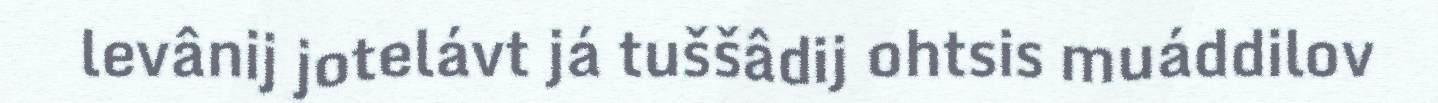
levânij jotelávt já tuššâdij ohtsis muáddilov